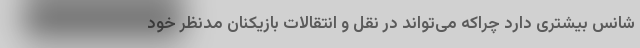
شانس بیشتری دارد چراکه می‌تواند در نقل و انتقالات بازیکنان مدنظر خود